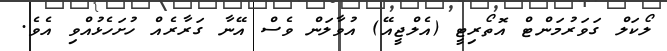
ލޯކަލް ގަވަރުމަންޓް އޮތޯރިޓީ (އެލްޖީއޭ) އުވާލަން ވެސް އޭނާ ގަރާރެއް ހުށަހެޅުއްވި އެވެ.